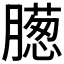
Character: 𣎨